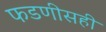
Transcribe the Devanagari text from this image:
फडणीसही